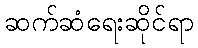
ဆက်ဆံရေးဆိုင်ရာ